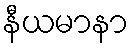
နီယမာနာ